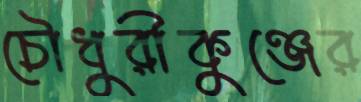
চৌধুরীকুঞ্জের